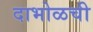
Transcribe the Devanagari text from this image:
दाभोळची